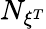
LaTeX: N_{{\xi}^{T}}